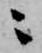
ニ